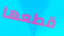
قطعها